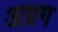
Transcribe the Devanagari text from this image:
अग्रग